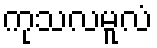
ကုသလမူလံ